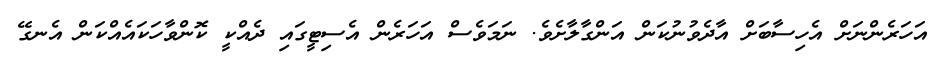
އަހަރެންނަށް އެހިސާބަށް އާދެވުނުކަން އަންގާލާށެވެ. ނަމަވެސް އަހަރެން އެސިޓީގައި ދެއްކީ ކޮންވާހަކައެއްކަން އެނގޭ